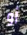
أو